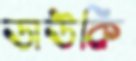
ডাউকি